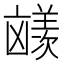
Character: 𪞼